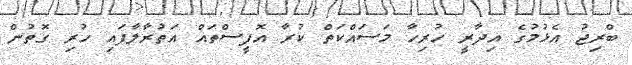
ބްރިޖު އެޅުމުގެ އިދާރީ ހުރިހާ މަސައްކަތް ކުރާ އޮފީސްތައް އަތުރާލާފައި ހުރި ގޮތުން